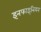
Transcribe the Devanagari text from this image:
इनफाइनियन